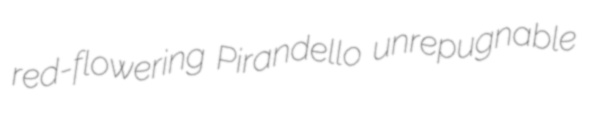
red-flowering Pirandello unrepugnable